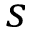
s